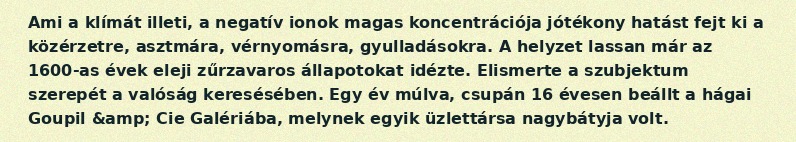
Ami a klímát illeti, a negatív ionok magas koncentrációja jótékony hatást fejt ki a közérzetre, asztmára, vérnyomásra, gyulladásokra. A helyzet lassan már az 1600-as évek eleji zűrzavaros állapotokat idézte. Elismerte a szubjektum szerepét a valóság keresésében. Egy év múlva, csupán 16 évesen beállt a hágai Goupil &amp; Cie Galériába, melynek egyik üzlettársa nagybátyja volt.